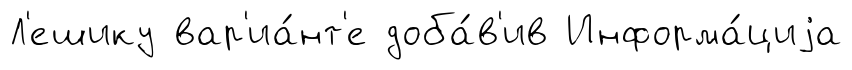
Л'ешику вар'иа́нт'е доба́в'ив Информа́циjа